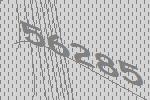
56285